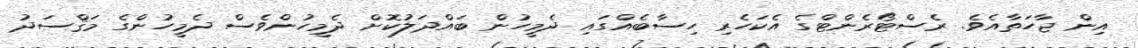
އިން ޖާހަތާއެވެ. ރެސްޓޯރެންޓްގެ އެކަހެރި ހިސާބެއްގައި ދެމީހުން ބައްދަލުކޮށް ދެމީހުންވެސް ދެމީހުންގެ މަޤްސަދު